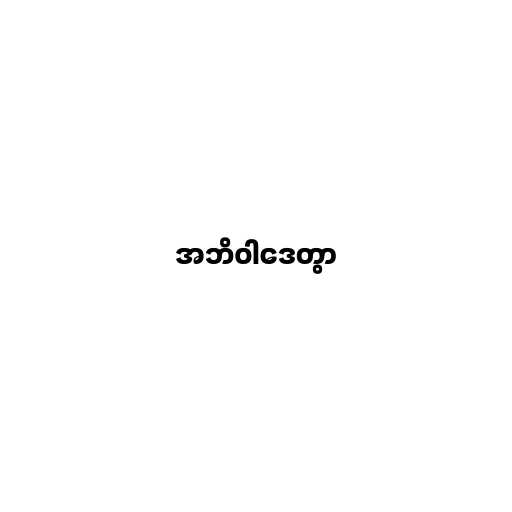
အဘိဝါဒေတွာ